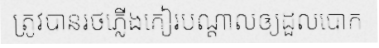
ត្រូវបានរថភ្លើងកៀរបណ្តាលឲ្យដួលបោក